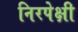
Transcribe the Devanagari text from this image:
निरपेक्षी